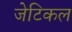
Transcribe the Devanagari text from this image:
जेटिकल